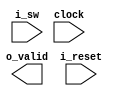
module counter (
    output o_valid,
    input [2:0] i_sw,
    input i_reset,
    input clock
);
    
endmodule